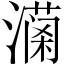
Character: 𤀚